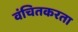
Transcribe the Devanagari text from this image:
वंचितकरता